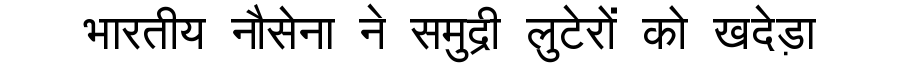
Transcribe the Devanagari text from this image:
भारतीय नौसेना ने समुद्री लुटेरों को खदेड़ा